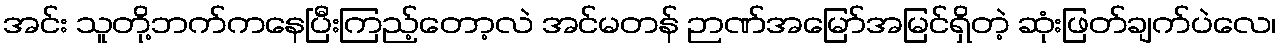
အင်း သူတို့ဘက်ကနေပြီးကြည့်တော့လဲ အင်မတန် ဉာဏ်အမြော်အမြင်ရှိတဲ့ ဆုံးဖြတ်ချက်ပဲလေ၊